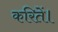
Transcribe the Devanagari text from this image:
करितें।